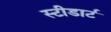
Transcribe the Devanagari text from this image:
स्टीडार्ट